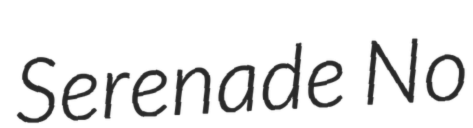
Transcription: Serenade No